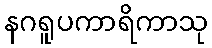
နဂရူပကာရိကာသု